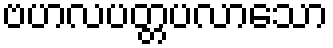
ဗဟလပတ္တပလာသော